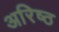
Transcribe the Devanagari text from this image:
अरिष्ठ